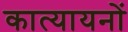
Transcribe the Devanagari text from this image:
कात्यायनों